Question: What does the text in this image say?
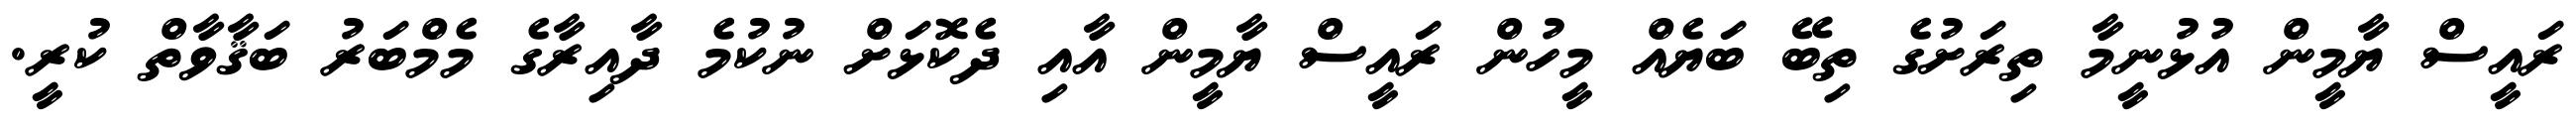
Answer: ރައީސް ޔާމީން އުޅުނީމާ ތިރަށުގެ ތިބޭ ބަޔެއް މީހުން ރައީސް ޔާމީން އާއި ދެކޮޅަށް ނުކުމެ ދާއިރާގެ މެމްބަރު ބަޤާވާތް ކުރީ.